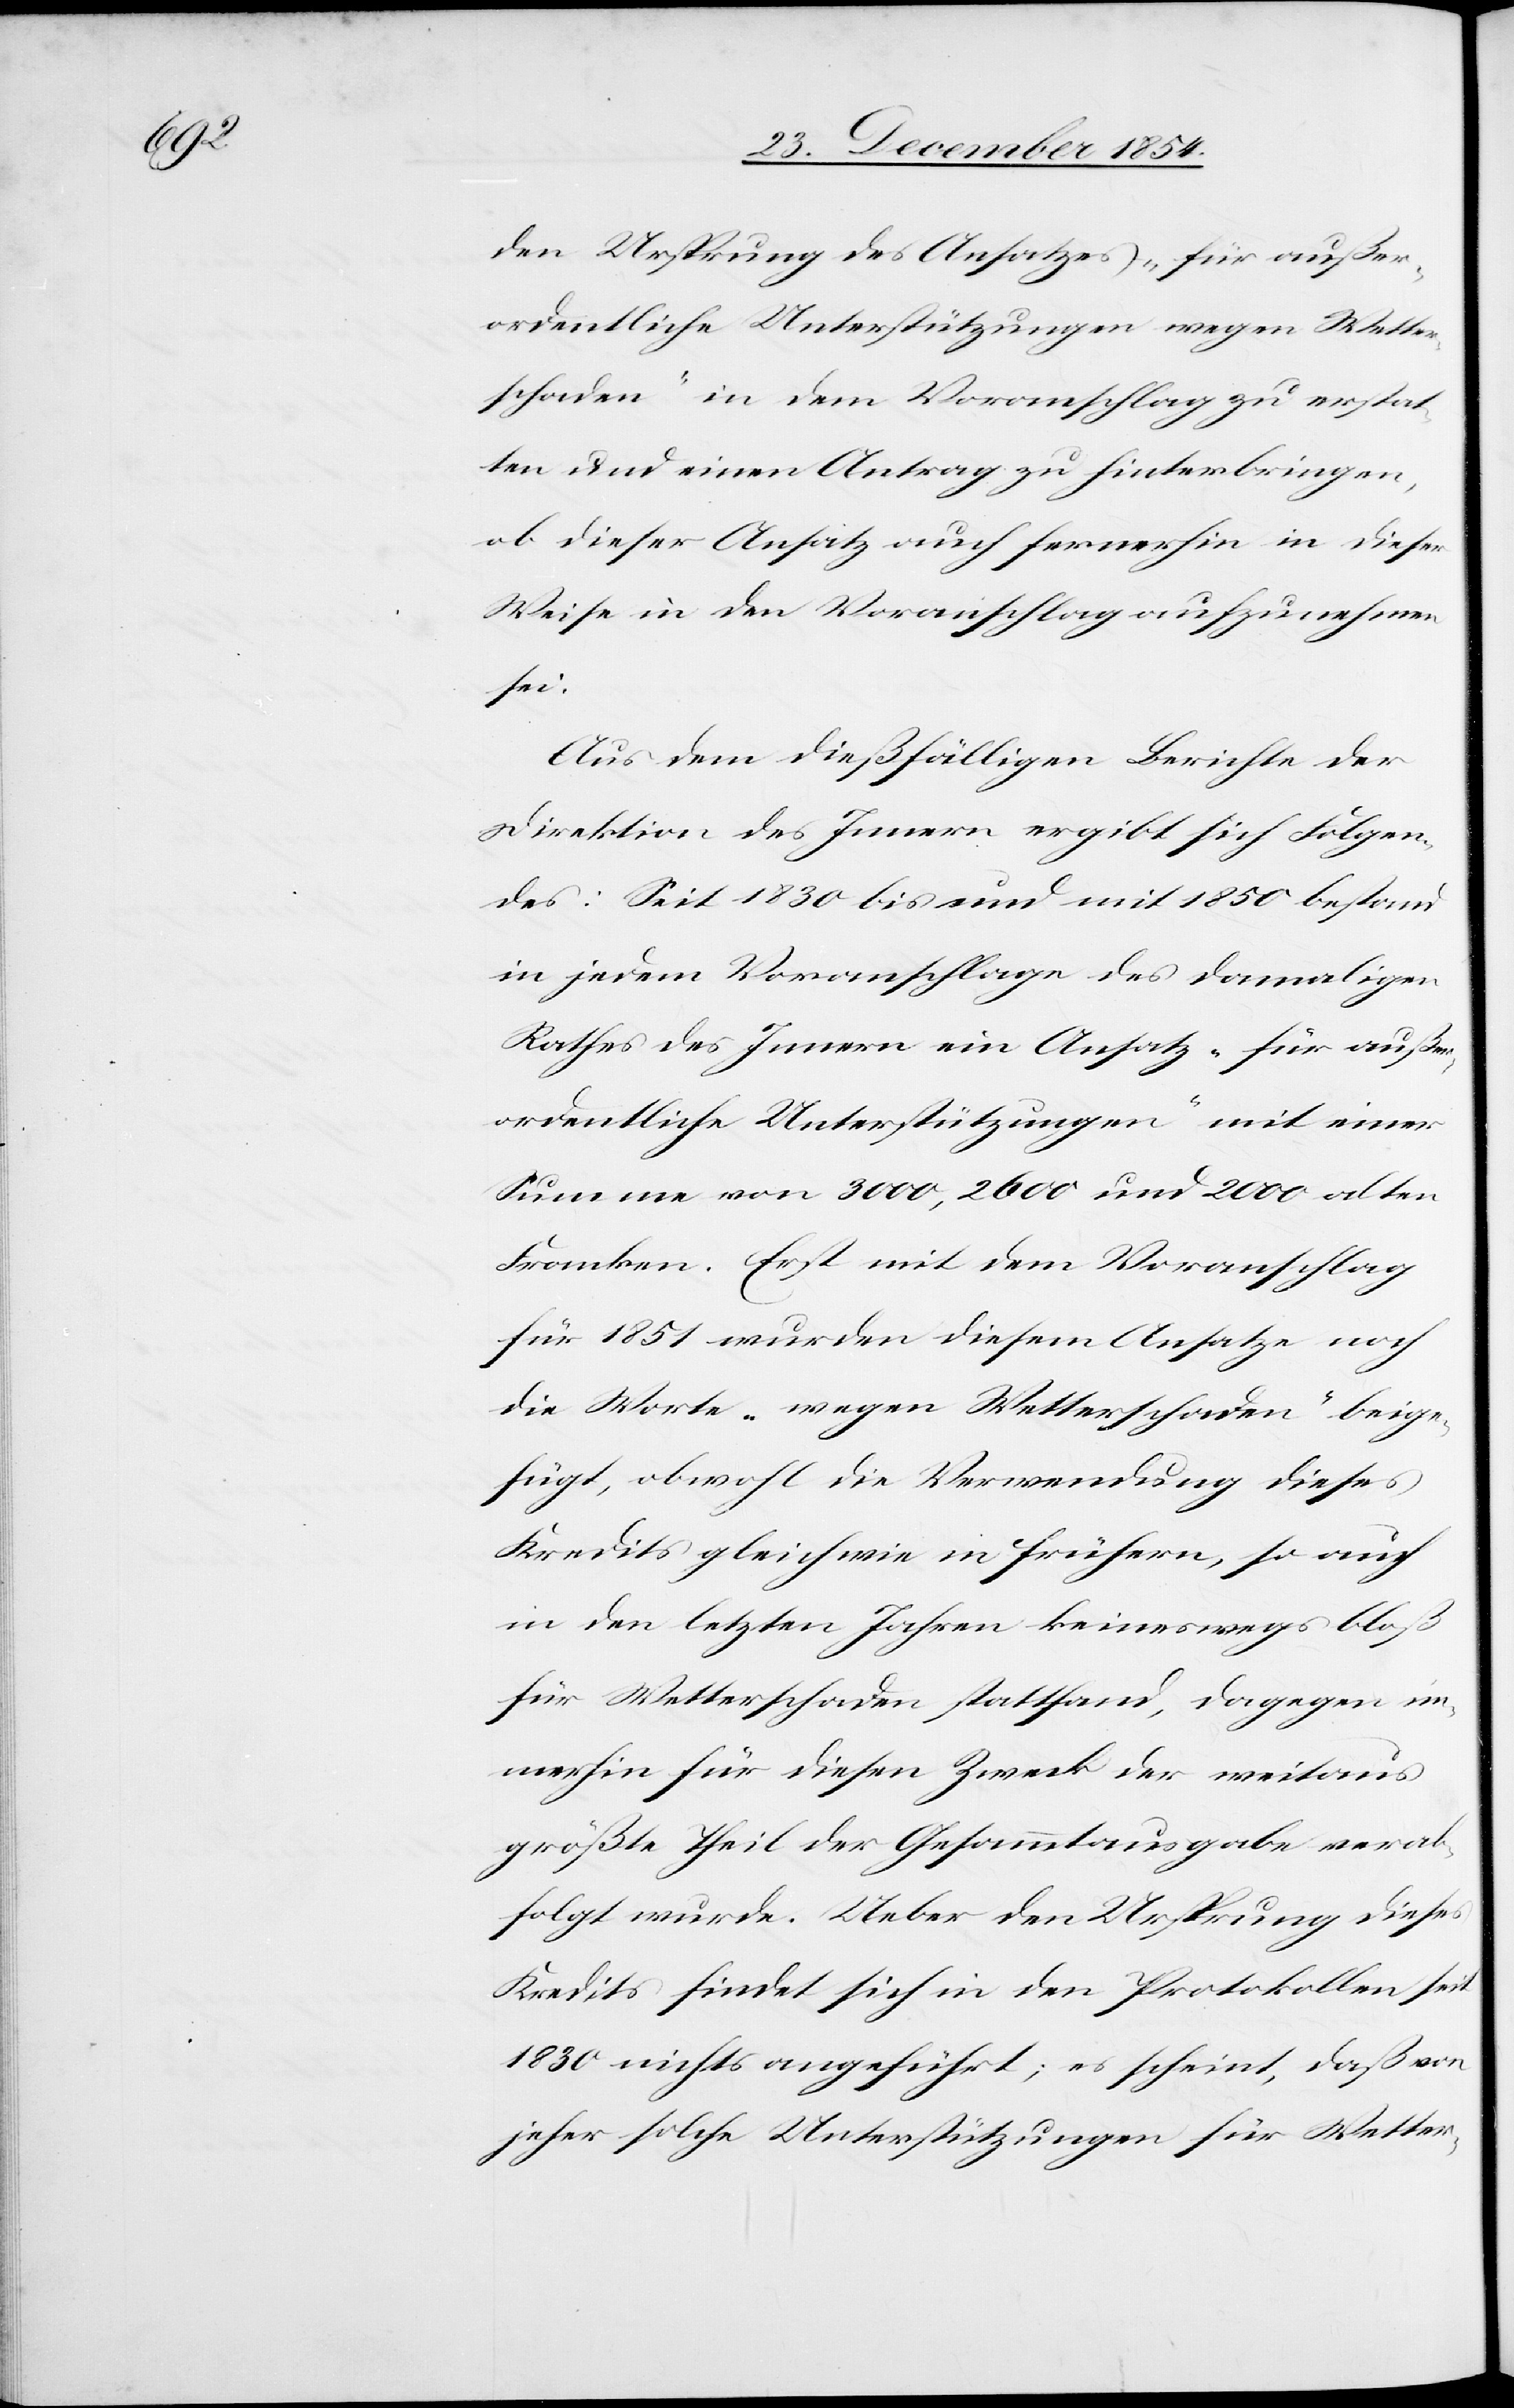
den Ursprung des Ansatzes „für außer¬
ordentliche Unterstützungen wegen Wetter¬
schaden“ in dem Voranschlag zu erstat¬
ten und einen Antrag zu hinterbringen,
ob dieser Ansatz auch fernerhin in dieser
Weise in den Voranschlag aufzunehmen
sei.
Aus dem dießfälligen Berichte der
Direktion des Innern ergibt sich Folgen¬
des: Seit 1830 bis und mit 1850 bestand
in jedem Voranschlage des damaligen
Rathes des Innern ein Ansatz „für außer¬
ordentliche Unterstützungen“ mit einer
Summe von 3000, 2600 und 2000 alten
Franken. Erst mit dem Voranschlag
für 1851 wurden diesem Ansatze noch
die Worte „wegen Wetterschaden“ beige¬
fügt, obwohl die Verwendung dieses
Kredit gleich wie in frühern, so auch
in den letzten Jahren keineswegs bloß
für Wetterschaden stattfand, dagegen im¬
merhin für diesen Zweck der weitaus
größte Theil der Gesammtausgabe verab¬
folgt wurde. Ueber den Ursprung dieses
Kredits findet sich in den Protokollen seit
1830 nichts angeführt; es scheint, daß von
jeher solche Unterstützungen für Wetter-